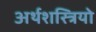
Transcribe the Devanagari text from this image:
अर्थशस्त्रियो